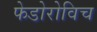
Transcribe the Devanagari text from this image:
फेडोरोविच